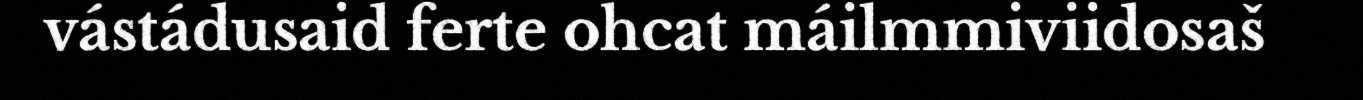
vástádusaid ferte ohcat máilmmiviidosaš